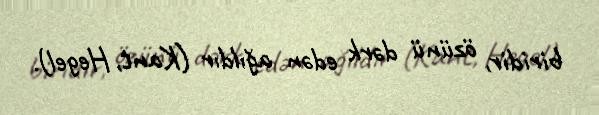
biridir, özünü dərk edən ağıldır (Kant, Hegel).